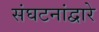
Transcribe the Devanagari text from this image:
संघटनांद्वारे